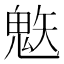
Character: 𲌨